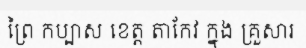
ព្រៃ កប្បាស ខេត្ត តាកែវ ក្នុង គ្រួសារ